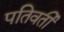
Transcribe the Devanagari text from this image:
पतिवर्ती